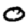
Digit: 0